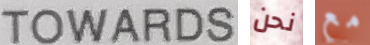
TOWARDS نحن مع